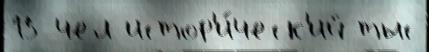
15 чел истор'и́ческ'ий тыс